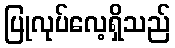
ပြုလုပ်လေ့ရှိသည်